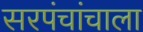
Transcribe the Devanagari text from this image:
सरपंचांचाला